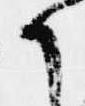
候